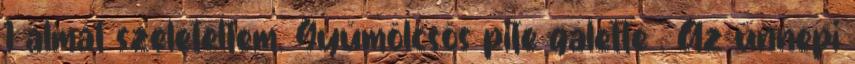
1 almát szeleteltem. Gyümölcsös pite galette . Az ünnepi